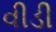
વીડી